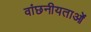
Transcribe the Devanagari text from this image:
वांछनीयताओं